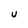
Character: U